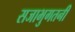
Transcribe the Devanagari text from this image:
सजाभुगतनी